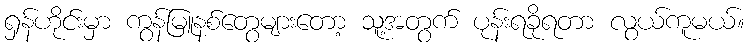
ရှန်ဟိုင်းမှာ ကွန်မြူနစ်တွေများတော့ သူ့အတွက် ပုန်းရခိုရတာ လွယ်ကူမယ်။